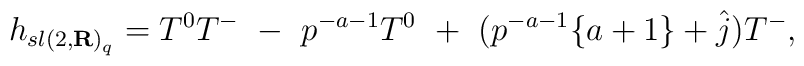
h_{{sl(2,{\bf R})}_q} =  T^0 T^- \ -\ p^{-a-1} T^0 \ + \ (p^{-a-1}\{ a+1\}+ \hat{j}) T^- ,